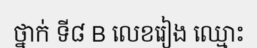
ថ្នាក់ ទី៨ B លេខរៀង ឈ្មោះ